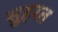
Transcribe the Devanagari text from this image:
स़ुहरत